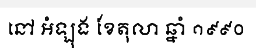
នៅ អំឡុង ខែតុលា ឆ្នាំ ១៩៩០